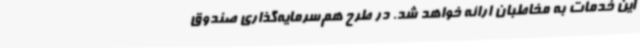
این خدمات به مخاطبان ارائه خواهد شد. در طرح هم‌سرمایه‌گذاری صندوق